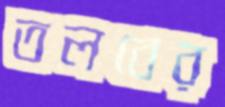
তলবের